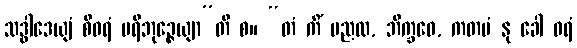
သဒ္ဓါဒေယျံ စီဝရံ ပရိဘုဉ္ဇေယျာ”တိ စ။ “တံ ကိံ မညထ, ဘိက္ခဝေ, ကတမံ နု ခေါ ဝရံ